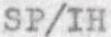
SP/IH